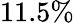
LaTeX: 11.5\%